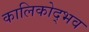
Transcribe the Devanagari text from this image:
कालिकोद्भव